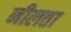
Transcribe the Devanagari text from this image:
नीलता